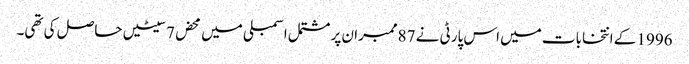
1996 کے انتخابات میں اس پارٹی نے 87ممبران پر مشتمل اسمبلی میں محض 7سیٹیں حاصل کی تھی۔